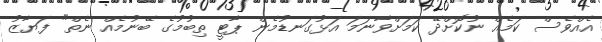
އެއްވެސް ކަމެއް ނުކޮށްދޭ ކަމަށްވާނަމަ އަޅުގަނޑުމެން ޕާޓީ ތިބުމުގެ ބޭނުމެއް ނެތް" ފަޔާޒު